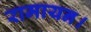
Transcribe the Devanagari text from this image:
रामायन।